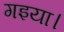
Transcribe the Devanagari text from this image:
गइया।